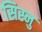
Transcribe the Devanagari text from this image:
सिस्नु